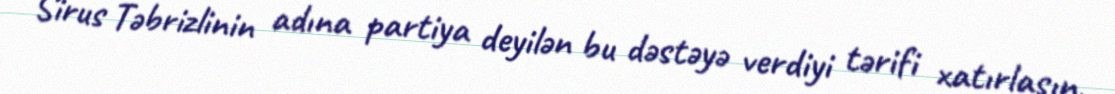
Sirus Təbrizlinin adına partiya deyilən bu dəstəyə verdiyi tərifi xatırlasın,